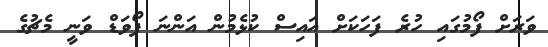
ވަރަށް ފޯމުގައި ހުރެ ފަހަކަށް އައިސް ކުޅެމުން އަންނަ ފޯވަޑް ވަނީ މެޗުގެ